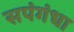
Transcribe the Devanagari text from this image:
सपंगंधा